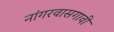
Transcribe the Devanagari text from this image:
नांगरवासगावी